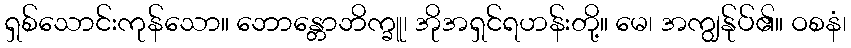
ရှစ်သောင်းကုန်သော။ ဘောန္တောဘိက္ခူ၊ အိုအရှင်ရဟန်းတို့။ မေ၊ အကျွန်ုပ်၏။ ဝစနံ၊